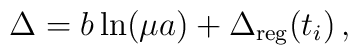
\Delta = b\ln(\mu a) +\Delta_{\rm reg}(t_i)\, ,